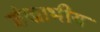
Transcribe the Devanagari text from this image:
शंखाभीय